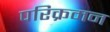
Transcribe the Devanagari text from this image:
परिक्रमन